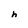
Character: h